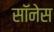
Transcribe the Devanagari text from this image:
सॉनेस